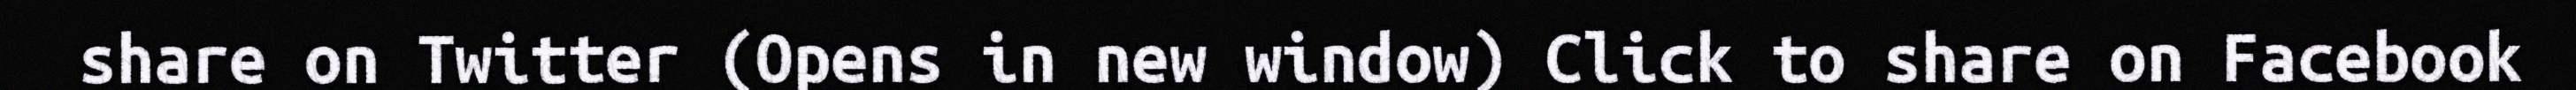
share on Twitter (Opens in new window) Click to share on Facebook